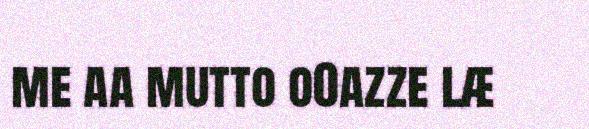
me aa mutto o0azze læ